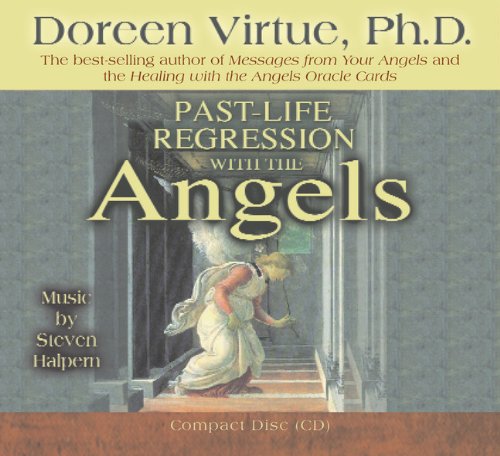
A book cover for Past-Life Regression with the Angels; Doreen Virtue; Religion & Spirituality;